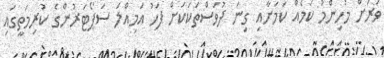
ވަރަށް މުހިންމު ކަމެއް ކަމަށާއި ގިނަ ދުވަސްތަކަކަށް ފަހު އަމިއްލަ ސަޕޯޓަރުންގެ ކުރިމަތީގައި